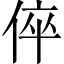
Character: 倅